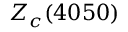
Z _ { c } ( 4 0 5 0 )